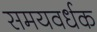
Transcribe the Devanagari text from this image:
समयवर्धक